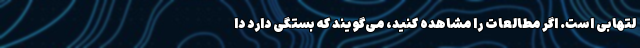
لتهابی است. اگر مطالعات را مشاهده کنید، می‌گویند که بستگی دارد دا